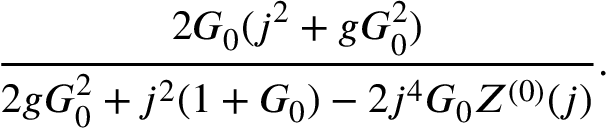
\frac { 2 { \cal G } _ { 0 } ( j ^ { 2 } + g { \cal G } _ { 0 } ^ { 2 } ) } { 2 g { \cal G } _ { 0 } ^ { 2 } + j ^ { 2 } ( 1 + { \cal G } _ { 0 } ) - 2 j ^ { 4 } { \cal G } _ { 0 } Z ^ { ( 0 ) } ( j ) } .